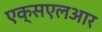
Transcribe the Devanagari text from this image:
एक्सएलआर